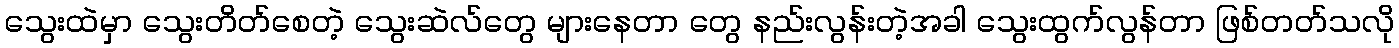
သွေးထဲမှာ သွေးတိတ်စေတဲ့ သွေးဆဲလ်တွေ များနေတာ တွေ နည်းလွန်းတဲ့အခါ သွေးထွက်လွန်တာ ဖြစ်တတ်သလို